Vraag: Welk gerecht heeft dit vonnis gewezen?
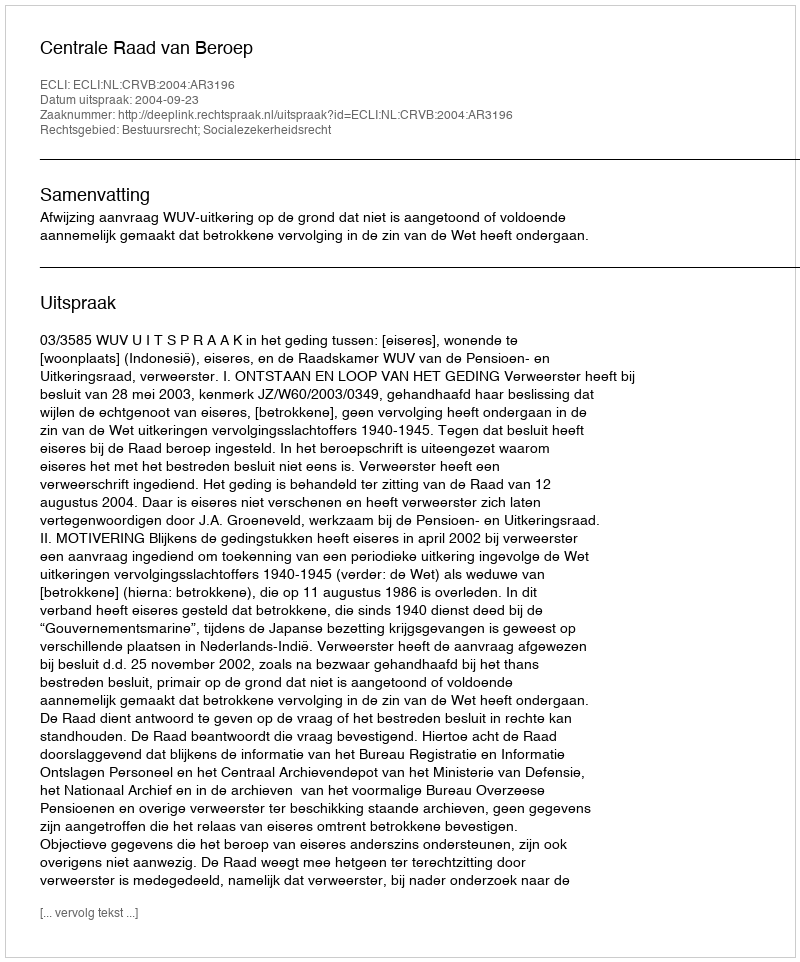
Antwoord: Centrale Raad van Beroep